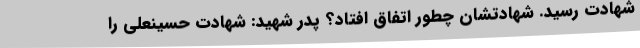
شهادت رسید. شهادتشان چطور اتفاق افتاد؟ پدر شهید: شهادت حسینعلی را